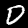
Digit: 0